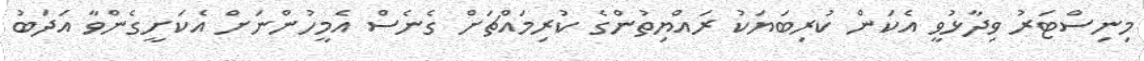
މިނިސްޓަރު ވިދާޅުވީ އެކަން ކުރިބަޔަކު ރައްޔިތުންގެ ކުރިމައްޗަށް ގެނެސް އެމީހުންނަށް އެކަށީގެންވާ އަދަބު